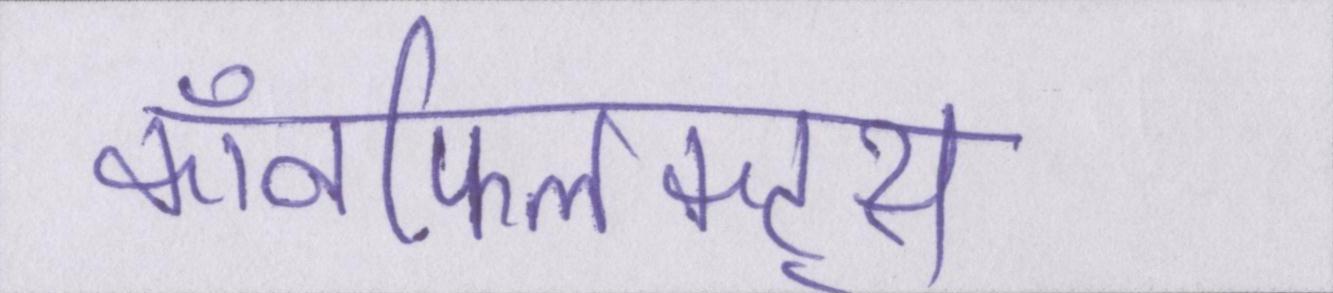
कॉनफ्लिक्ट्स